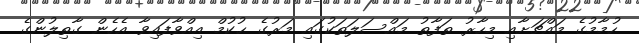
ހުމާމުގެ މައްޗަށާއި މިހާރު ތަފާތު މައްސަލަތަކުގައި މަރުގެ ޙުކުމް އިއްވާފައިވާ އެހެން ގާތިލުންގެ